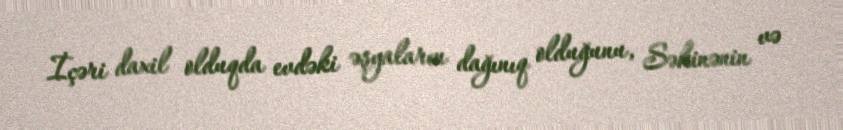
İçəri daxil olduqda evdəki əşyaların dağınıq olduğunu, Səkinənin və